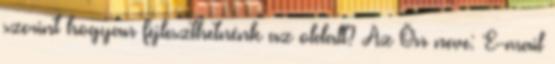
szerint hogyan fejleszthetnénk az oldalt? Az Ön neve: E-mail